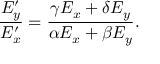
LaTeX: { \frac { E _ { y } ^ { \prime } } { E _ { x } ^ { \prime } } } = { \frac { \gamma E _ { x } + \delta E _ { y } } { \alpha E _ { x } + \beta E _ { y } } } .